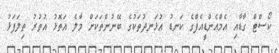
ކޯސްޓް ގާޑާއި އެމްއެންޑީއެފްގެ ކަނޑު އުޅަނދުތަކުގެ ބޭނުންތަކަށް މާލެ އަތޮޅު އުތުރު ތިލަފަޅު